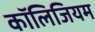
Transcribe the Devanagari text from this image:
कॉलिजियम